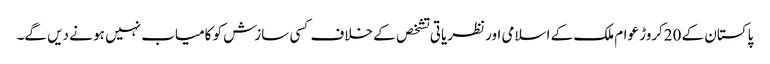
پاکستان کے 20کروڑ عوام ملک کے اسلامی اور نظریاتی تشخص کے خلاف کسی سازش کو کامیاب نہیں ہو نے دیں گے۔